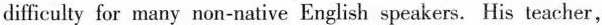
difficulty for many non-native English speakers. His teacher,